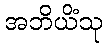
အဘိယိံသု